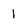
Character: 1